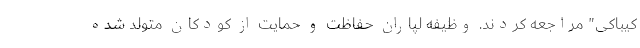
کیباکی" مراجعه کردند. وظیفه لپاران حفاظت و حمایت از کودکان متولد شده